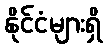
နိုင်ငံများရှိ